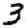
Digit: 3